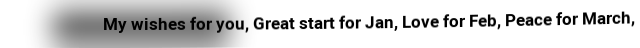
My wishes for you, Great start for Jan, Love for Feb, Peace for March,